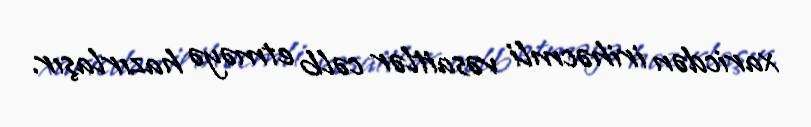
xaricdən irihəcmli vəsaitlər cəlb etməyə hazırlaşır.